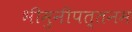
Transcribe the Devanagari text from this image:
भीमुनीपत्तनम